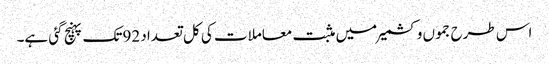
اس طرح جموں وکشمیر میں مثبت معاملات کی کل تعداد 92تک پہنچ گئی ہے۔